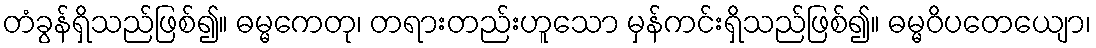
တံခွန်ရှိသည်ဖြစ်၍။ ဓမ္မကေတု၊ တရားတည်းဟူသော မှန်ကင်းရှိသည်ဖြစ်၍။ ဓမ္မဝိပတေယျော၊